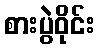
စားပွဲဝိုင်း